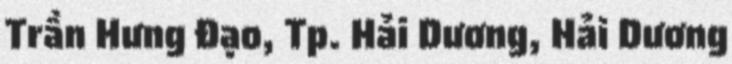
Trần Hưng Đạo, Tp. Hải Dương, Hải Dương